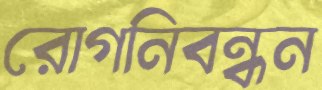
রোগনিবন্ধন